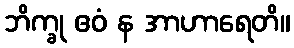
ဘိက္ခု ဧဝံ န အာဟာရေတိ။